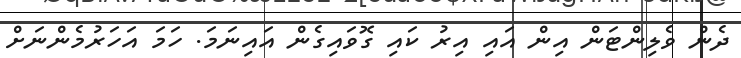
ދެން ވެލިންޓަން އިން އައި އިރު ކައި ގޮވައިގެން އައިނަމަ. ހަމަ އަހަރުމެންނަށް